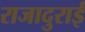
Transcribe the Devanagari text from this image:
राजादुराई